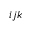
i j k